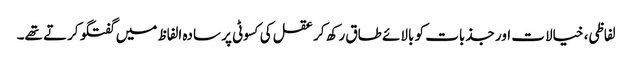
لفاظی، خیالات اور جذبات کو بالائے طاق رکھ کر عقل کی کسوٹی پر سادہ الفاظ میں گفتگو کرتے تھے۔